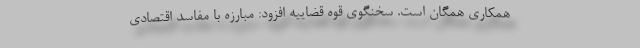
همکاری همگان است. سخنگوی قوه قضاییه افزود: مبارزه با مفاسد اقتصادی